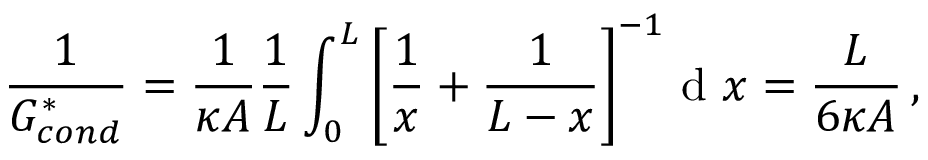
\frac { 1 } { G _ { c o n d } ^ { * } } = \frac { 1 } { \kappa A } \frac { 1 } { L } \int _ { 0 } ^ { L } { \left[ \frac { 1 } { x } + \frac { 1 } { L - x } \right] ^ { - 1 } } \mathrm { ~ d ~ } x = \frac { L } { 6 \kappa A } \, ,